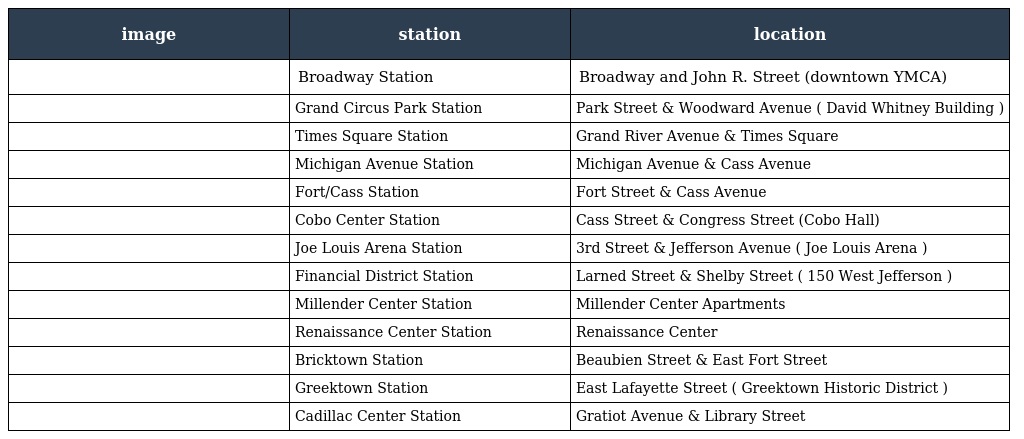
| image | station | location |
 | --- | --- | --- |
 |  | Broadway Station | Broadway and John R. Street (downtown YMCA) |
 |  | Grand Circus Park Station | Park Street & Woodward Avenue ( David Whitney Building ) |
 |  | Times Square Station | Grand River Avenue & Times Square |
 |  | Michigan Avenue Station | Michigan Avenue & Cass Avenue |
 |  | Fort/Cass Station | Fort Street & Cass Avenue |
 |  | Cobo Center Station | Cass Street & Congress Street (Cobo Hall) |
 |  | Joe Louis Arena Station | 3rd Street & Jefferson Avenue ( Joe Louis Arena ) |
 |  | Financial District Station | Larned Street & Shelby Street ( 150 West Jefferson ) |
 |  | Millender Center Station | Millender Center Apartments |
 |  | Renaissance Center Station | Renaissance Center |
 |  | Bricktown Station | Beaubien Street & East Fort Street |
 |  | Greektown Station | East Lafayette Street ( Greektown Historic District ) |
 |  | Cadillac Center Station | Gratiot Avenue & Library Street |